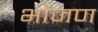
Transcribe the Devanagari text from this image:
भोजण